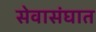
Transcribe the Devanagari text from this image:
सेवासंघात